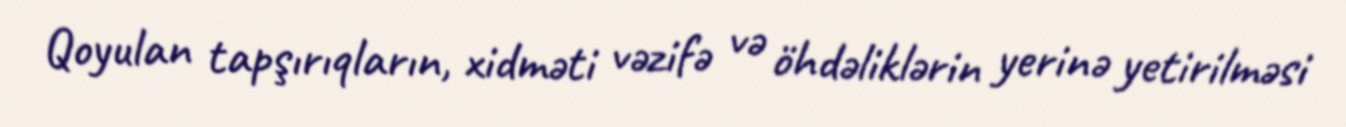
Qoyulan tapşırıqların, xidməti vəzifə və öhdəliklərin yerinə yetirilməsi